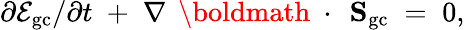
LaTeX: \partial{\cal E}_{\mathrm{gc}}/\partial t\; +\; \nabla\, \mathrm{~\boldmath~\cdot~}\, {\mathbf S}_{\mathrm{gc}}\; =\; 0,